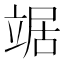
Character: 𫁦